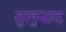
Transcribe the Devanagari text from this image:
तुलुनाद